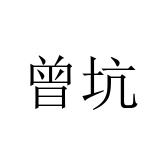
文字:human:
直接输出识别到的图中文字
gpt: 曾坑